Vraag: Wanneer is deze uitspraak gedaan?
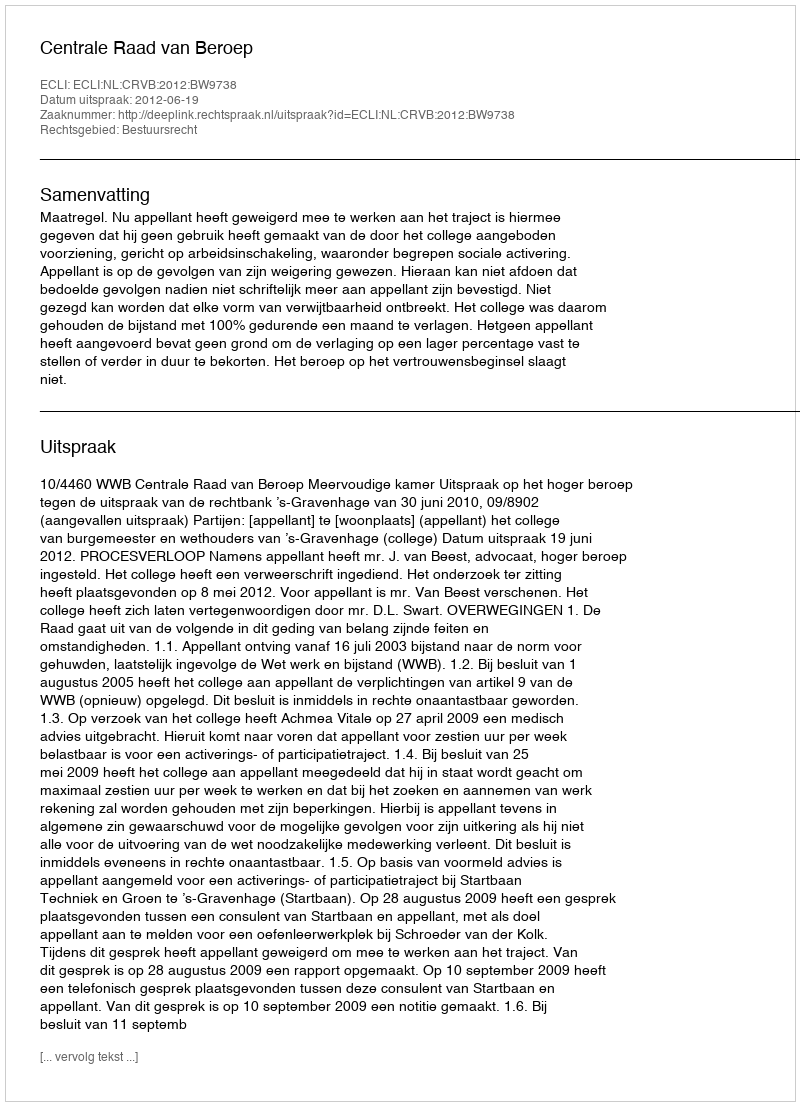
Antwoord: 2012-06-19